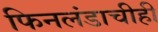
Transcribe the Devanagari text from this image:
फिनलंडाचीही